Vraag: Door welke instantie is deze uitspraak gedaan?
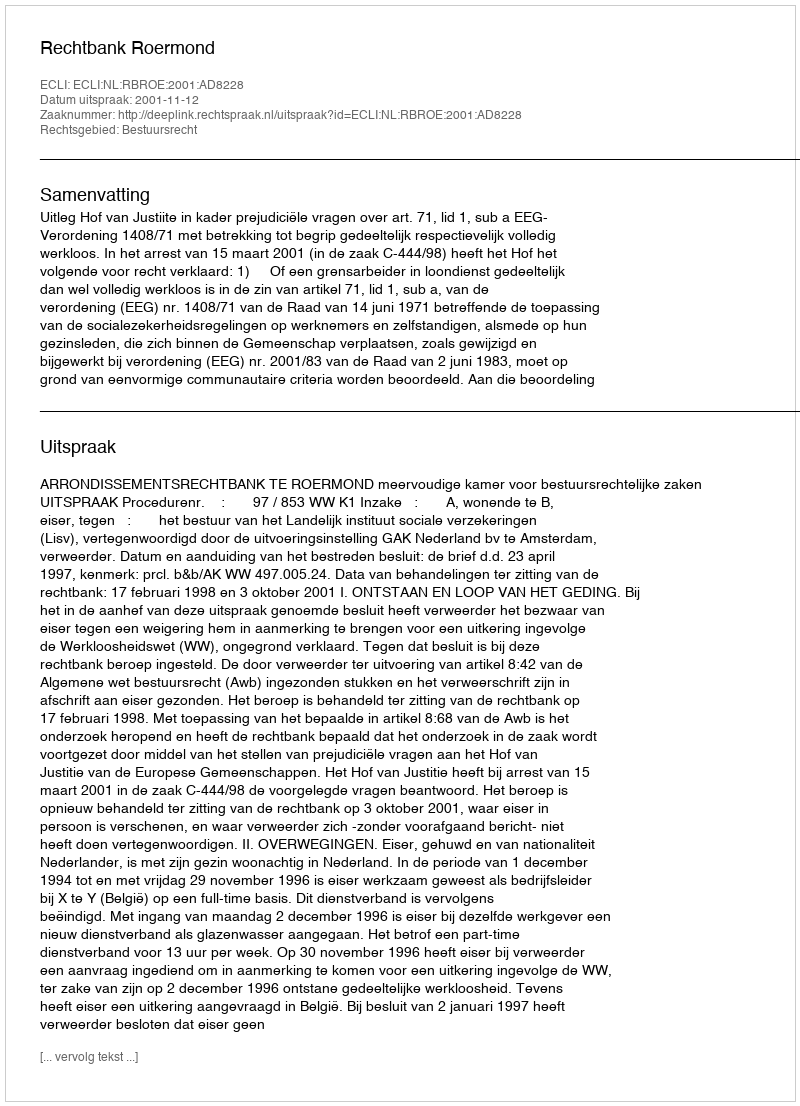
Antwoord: Rechtbank Roermond